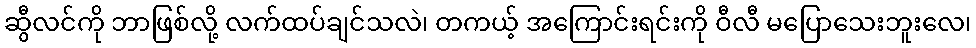
ဆွီလင်ကို ဘာဖြစ်လို့ လက်ထပ်ချင်သလဲ၊ တကယ့် အကြောင်းရင်းကို ဝီလီ မပြောသေးဘူးလေ၊